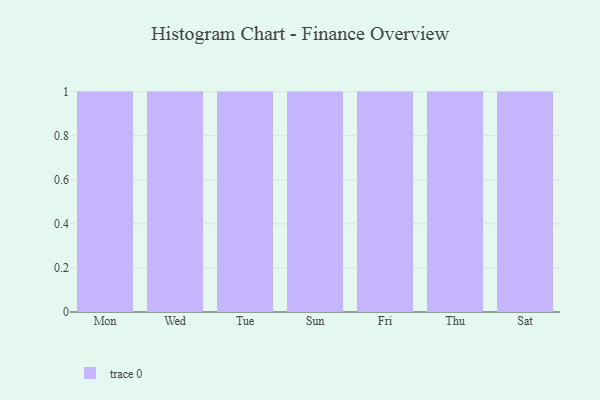
{"axis": {"x": "Day", "y": "Population (Million)"}, "legend": [""], "data": [{"x": "Mon", "y": 12, "type": ""}, {"x": "Wed", "y": 75, "type": ""}, {"x": "Tue", "y": 34, "type": ""}, {"x": "Sun", "y": 41, "type": ""}, {"x": "Fri", "y": 81, "type": ""}, {"x": "Thu", "y": 73, "type": ""}, {"x": "Sat", "y": 23, "type": ""}]}